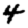
Digit: 4